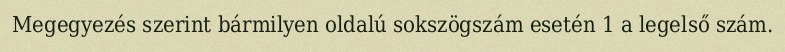
Megegyezés szerint bármilyen oldalú sokszögszám esetén 1 a legelső szám.